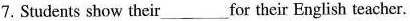
7.Students show their___for their English teacher.